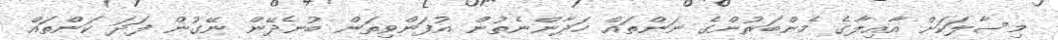
މިސާލަކަށް އާއިލާގެ މެންބަރުންގެ ނަންތައް ހަދާންނެތުން އުފަންވިތަން ބުނެދޭން ނޭގުން ފަދަ ކަންތައް